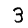
Digit: 3